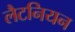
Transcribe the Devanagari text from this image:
लैटनियन